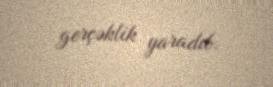
gerçəklik yaradıb.